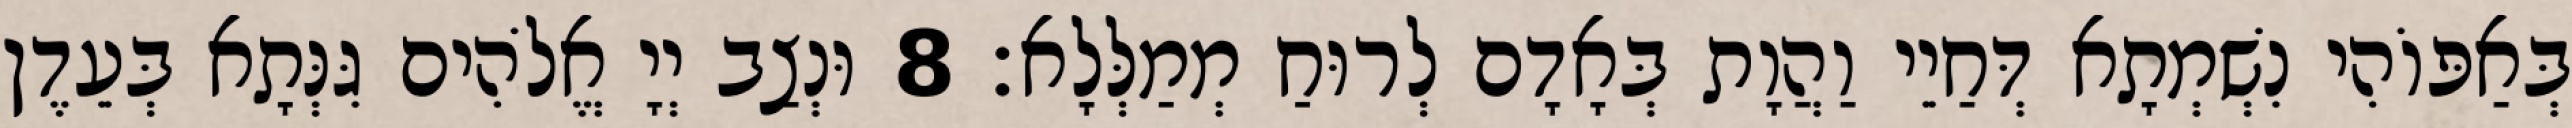
בְּאַפּוֹהִי נִשְׁמְתָא דְּחַיֵי וַהֲוָת בְּאָדָם לְרוּחַ מְמַלְּלָא׃ 8 וּנְצַב יְיָ אֱלֹהִים גִּנְּתָא בְּעֵדֶן